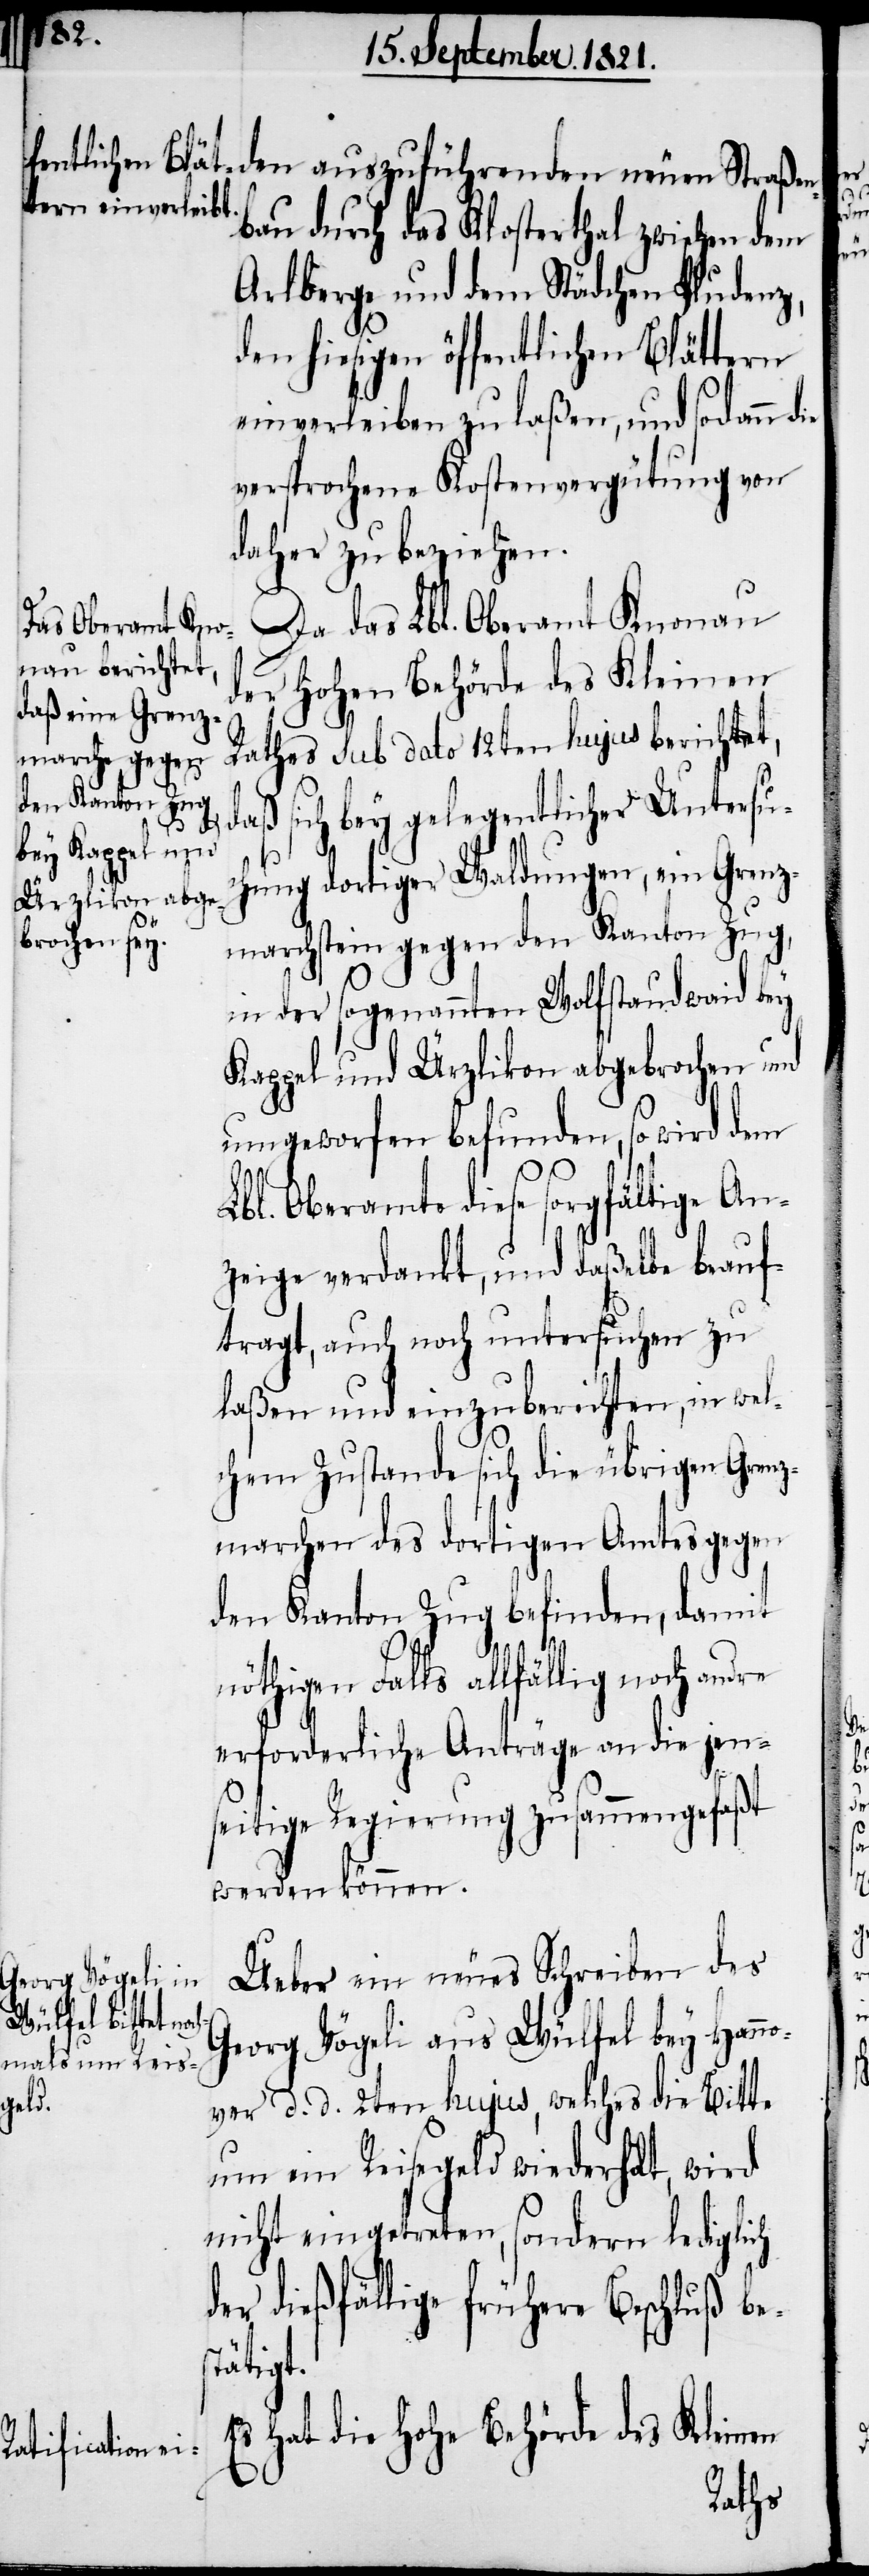
bau durch das Klosterthal zwischen dem
Arlberg und dem Städtchen Pludenz,
den hiesigen öffentlichen Blättern
einverleiben zu laßen, und sodann
versprochene Kostenvergütung von
daher zu beziehen.
Da das Lbl. Oberamt Knonau
der Hohen Behörde des Kleinen
Rathes sub dato 12ten hujus berichtet,
daß sich bey gelegentlicher Untersuc¬
d¬
hung dortiger Waldungen, ein Grenz¬
marchstein gegen den Kanton Zug,
in der sogenannten Wolfstandweid bey
Kappel und Ürzlikon abgebrochen und
umgeworfen befinden, so wird dem
Lbl. Oberamte diese sorgfältige An¬
zeige verdankt, und daßelbe beauf¬
tragt, auch noch untersuchen zu
laßen und einzuberichten, in wel¬
chem Zustande sich die übrigen Grenz¬
marchen des dortigen Amtes gegen
den Kanton Zug befinden, damit
nöthigen Falls allfällig noch andre
erforderliche Anträge an die jen¬
seitige Regierung zusammengefaßt
werden können.
Ueber ein neues Schreiben des
neuen Straßen¬
Georg Vögeli aus Wülfel bey Hann¬
over d. d. 2ten hujus, welches die Bitte
um ein Reisegeld wiederholt, wird
nicht eingetreten, sondern lediglich
er dießfällige frühere Beschluß bes¬
tätigt.
hat die hohe Behörde des Kleinen